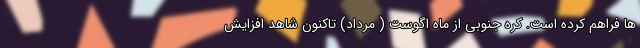
ها فراهم کرده است. کره جنوبی از ماه اگوست ( مرداد) تاکنون شاهد افزایش